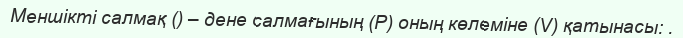
Меншікті салмақ () – дене салмағының (Р) оның көлеміне (V) қатынасы: .